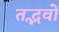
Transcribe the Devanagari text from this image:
तद्भवों